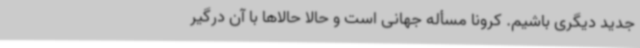
جدید دیگری باشیم. کرونا مسأله جهانی است و حالا حالاها با آن درگیر